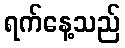
ရက်နေ့သည်